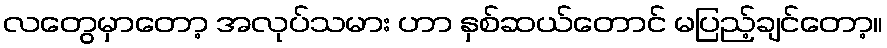
လတွေမှာတော့ အလုပ်သမား ဟာ နှစ်ဆယ်တောင် မပြည့်ချင်တော့။